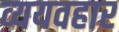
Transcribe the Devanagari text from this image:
व्ययवहार